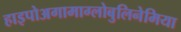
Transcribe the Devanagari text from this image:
हाइपोअगामाग्लोबुलिनेमिया